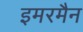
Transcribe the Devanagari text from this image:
इमरमैन